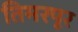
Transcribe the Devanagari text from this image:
तिमरपूर